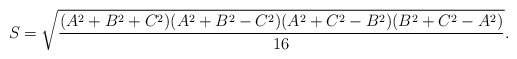
\begin{align*}S=\sqrt{\frac{(A^2+B^2+C^2)(A^2+B^2-C^2)(A^2+C^2-B^2)(B^2+C^2-A^2)}{16}}.\end{align*}